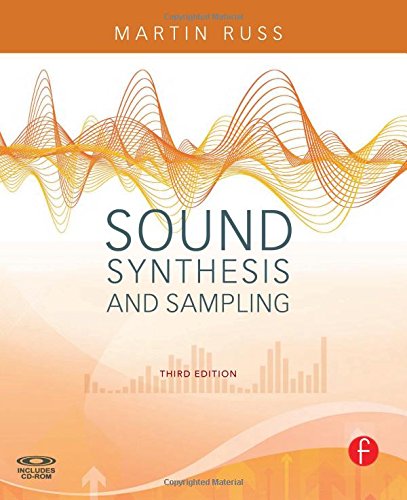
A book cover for Sound Synthesis and Sampling (Music Technology); Martin Russ; Arts & Photography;